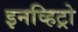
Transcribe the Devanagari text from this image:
इनव्हिट्रो